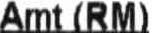
AMT (RM)